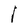
Character: l